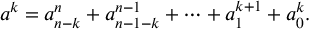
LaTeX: a ^ { k } = a _ { n - k } ^ { n } + a _ { n - 1 - k } ^ { n - 1 } + \dots + a _ { 1 } ^ { k + 1 } + a _ { 0 } ^ { k } .